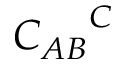
{ C _ { A B } } ^ { C }